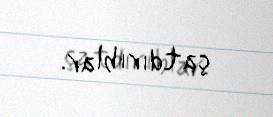
çatdırıblar.